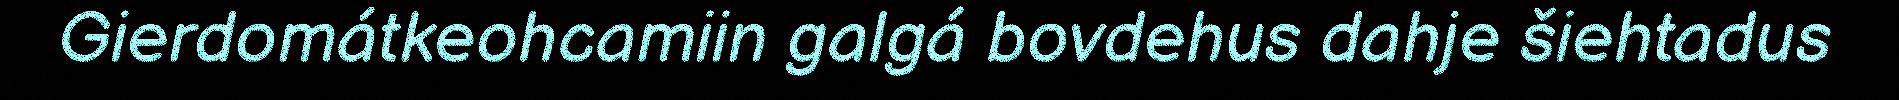
Gierdomátkeohcamiin galgá bovdehus dahje šiehtadus